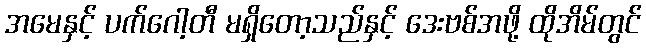
အမေနှင့် ပက်ဂေါ့တီ မရှိတော့သည်နှင့် ဒေးဗစ်အဖို့ ထိုအိမ်တွင်